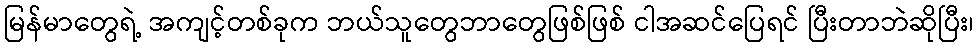
မြန်မာတွေရဲ့ အကျင့်တစ်ခုက ဘယ်သူတွေဘာတွေဖြစ်ဖြစ် ငါအဆင်ပြေရင် ပြီးတာဘဲဆိုပြီး၊